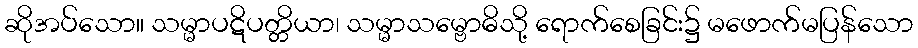
ဆိုအပ်သော။ သမ္မာပဋိပတ္တိယာ၊ သမ္မာသမ္ဗောဓိသို့ ရောက်စေခြင်း၌ မဖောက်မပြန်သော